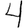
Digit: 4